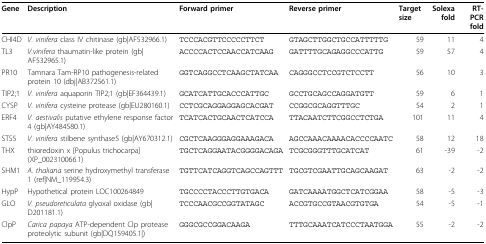
<table><thead><tr><td><b>Gene</b></td><td><b>Description</b></td><td><b>Forward primer</b></td><td><b>Reverse primer</b></td><td><b>Target size</b></td><td><b>Solexa fold</b></td><td><b>RT-PCR fold</b></td></tr></thead><tbody><tr><td>CHI4D</td><td><i>V. vinifera </i>class IV chitinase (gb|AF532966.1)</td><td>TCCCACGTTCCCCCTTCT</td><td>GTAGCTTGGCTGCCATTTTTG</td><td>59</td><td>11</td><td>4</td></tr><tr><td>TL3</td><td><i>V.vinifera </i>thaumatin-like protein (gb|AF532965.1)</td><td>ACCCCACTCCAACCATCAAG</td><td>GATTTTGCAGAGGCCCATTG</td><td>59</td><td>57</td><td>4</td></tr><tr><td>PR10</td><td>Tamnara Tam-RP10 pathogenesis-related protein 10 (dbj|AB372561.1)</td><td>GGTCAGGCCTCAAGCTATCAA</td><td>CAGGGCCTCCGTCTCCTT</td><td>56</td><td>10</td><td>3</td></tr><tr><td>TIP2;1</td><td><i>V. vinifera </i>aquaporin TIP2;1 (gb|EF364439.1)</td><td>GCATCATTGCACCCATTGC</td><td>GCCTGCAGCCAGGATGTT</td><td>59</td><td>6</td><td>1</td></tr><tr><td>CYSP</td><td><i>V. vinifera </i>cysteine protease (gb|EU280160.1)</td><td>CCTCGCAGGAGGAGCACGAT</td><td>CCGGCGCAGGTTTGC</td><td>54</td><td>2</td><td>1</td></tr><tr><td>ERF4</td><td><i>V. aestivalis </i>putative ethylene response factor 4 (gb|AY484580.1)</td><td>TCATCACTGCAACTCATCCA</td><td>TTACAATCTTCGGCCTCTGA</td><td>101</td><td>11</td><td>4</td></tr><tr><td>STS5</td><td><i>V. vinifera </i>stilbene synthase5 (gb|AY670312.1)</td><td>CGCTCAAGGGAGGAAAGACA</td><td>AGCCAAACAAAACACCCCAATC</td><td>58</td><td>12</td><td>18</td></tr><tr><td>THX</td><td>thioredoxin x [Populus trichocarpa] (XP_002310066.1)</td><td>TGCTCAGGAATACGGGGACAGA</td><td>TCGCGGGTTTGCATCAT</td><td>61</td><td>-39</td><td>-2</td></tr><tr><td>SHM1</td><td><i>A. thaliana </i>serine hydroxymethyl transferase 1 (ref|NM_119954.3)</td><td>TGTTCATCAGGTCAGCCAGTTT</td><td>TGCGTCGAATTGCAGCAAGAT</td><td>63</td><td>-2</td><td>-2</td></tr><tr><td>HypP</td><td>Hypothetical protein LOC100264849</td><td>TGCCCCTACCCTTGTGACA</td><td>GATCAAAATGGCTCATCGGAA</td><td>58</td><td>-5</td><td>-3</td></tr><tr><td>GLO</td><td><i>V. pseudoreticulata </i>glyoxal oxidase (gb|D201181.1)</td><td>TCCCAACGCCGGTATAGC</td><td>ACCGTGCCGTAACGTGTGA</td><td>54</td><td>-5</td><td>-1</td></tr><tr><td>ClpP</td><td><i>Carica papaya </i>ATP-dependent Clp protease proteolytic subunit (gb|DQ159405.1|)</td><td>GGGCGCCGGACAAGA</td><td>TTTGCAAATCATCCCTAATGGA</td><td>55</td><td>-2</td><td>-2</td></tr></tbody></table>